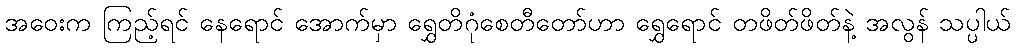
အဝေးက ကြည့်ရင် နေရောင် အောက်မှာ ရွှေတိဂုံစေတီတော်ဟာ ရွှေရောင် တဖိတ်ဖိတ်နဲ့ အလွန် သပ္ပါယ်